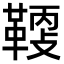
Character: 𩋸